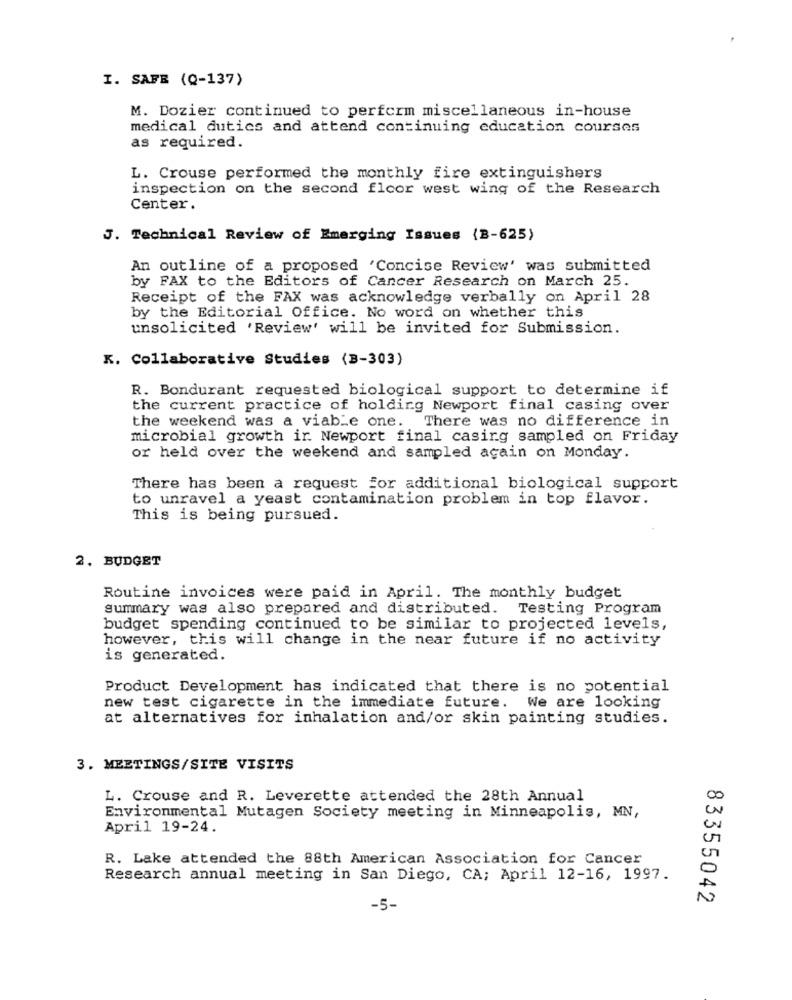
I. SAFE (Q-137)
M. Dozier continued to perform miscellaneous in-house
medical dutics and attend continuing education courses
as required.
L. Crouse performed the monthly fire extinguishers
inspection on the second floor west wing of the Research
Center.
J. Technical Review of Emerging Issues {B-625)
An outline of a proposed 'Concise Review' was submitted
by FAX to the Editors of Cancer Research on March 25.
Receipt of the FAX was acknowledge verbally on April 28
by the Editorial Office. No word on whether this
unsolicited 'Review' will be invited for Submission.
K. Collaborative Studies (B-303)
R. Bondurant requested biological support to determine if
the current practice of holding Newport final casing over
the weekend was a viable one. There was no difference in
microbial growth ir. Newport final casing sampled on Friday
or held over the weekend and sampled again on Monday.
There has been a request for additional biological support
to unravel a yeast contamination problem in top flavor.
This is being pursued.
2. BUDGET
Routine invoices were paid in April. The monthly budget
summary was also prepared and distributed. Testing Program
budget spending continued to be similar to projected levels,
however, this will change in the near future if no activity
is generated.
Product Development has indicated that there is no potential
new test cigarette in the immediate future.
We are looking
at alternatives for inhalation and/or skin painting studies.
3. MEETINGS/SITE VISITS
L. Crouse and R. Leverette attended the 28th Annual
Environmental Mutagen Society meeting in Minneapolis, MN,
April 19-24.
R. Lake attended the 88th American Association for Cancer
Research annual meeting in San Diego, CA; April 12-16, 1997.
83355042
-5-